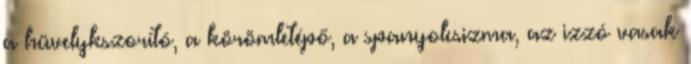
a hüvelykszorító, a körömletépő, a spanyolcsizma, az izzó vasak